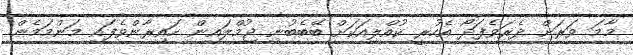
މާމަ ވަރަށް ދެރަވެފަދޯ އެހުރީ ކުއްލިއަކަށް ބޭބެބުނި ޖުމްލައިން ހައިރާންވެފައި މަންމަމެން